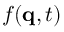
f ( \mathbf { q } , t )